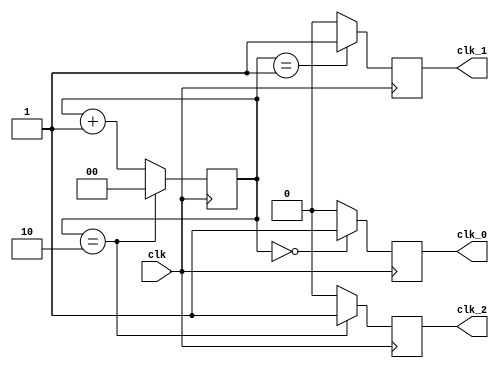
module multi_phase_clock_divider (
input clk,
output reg clk_0,
output reg clk_1,
output reg clk_2
);

reg [1:0] counter;

always @(posedge clk)
begin
    counter <= counter + 1;
    
    case(counter)
        2'd0: begin
            clk_0 <= 1'b1;
            clk_1 <= 1'b0;
            clk_2 <= 1'b0;
        end
        2'd1: begin
            clk_0 <= 1'b0;
            clk_1 <= 1'b1;
            clk_2 <= 1'b0;
        end
        2'd2: begin
            clk_0 <= 1'b0;
            clk_1 <= 1'b0;
            clk_2 <= 1'b1;
            counter <= 2'b0;
        end
        default: begin
            clk_0 <= 1'b0;
            clk_1 <= 1'b0;
            clk_2 <= 1'b0;
        end
    endcase
end

endmodule